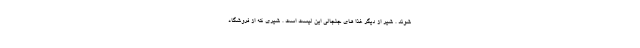
شوند . شیر از دیگر غذا های جنجالی این لیست است . شیری که از فروشگاه